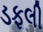
ડફલી